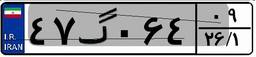
۴۷گ۰۶۴۰۹